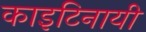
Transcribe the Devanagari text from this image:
काइटिनायी